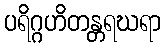
ပရိဂ္ဂဟိတန္တရဃရာ